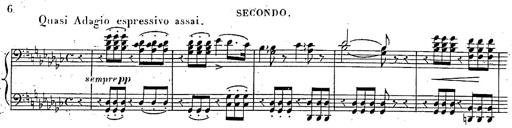
Title: Marche et Cavatine de Lucie de Lammermoor, S.398
Composer: Franz Liszt